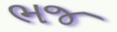
ભજ